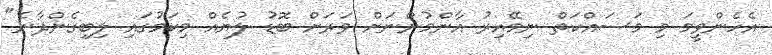
އެހެންވީމަ މި މަސައްކަތް ނިމޭއިރު އާންމުންނަށް ވަރަށް ބޮޑު ލުޔެއް މިކަމުގައި ލިބިގެންދާނެ"